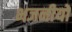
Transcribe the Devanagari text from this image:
भजनीयो